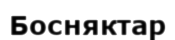
Босняктар